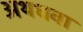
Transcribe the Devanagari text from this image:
अथधवा